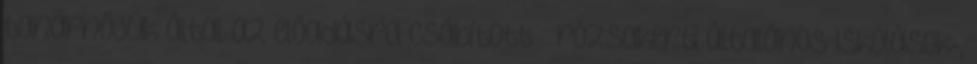
tanárnőjük által az előadásra csábított – rózsakerti általános iskolások-,